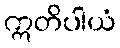
ဣတိပါယံ